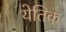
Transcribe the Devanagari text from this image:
येतिक